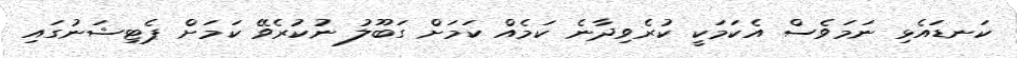
ކަނޑައެޅި ނަމަވެސް އެކަމަކީ ކުރެވިދާނެ ކަމެއް ކަމަށް ގަބޫލު ނުކުރެވޭ ކަމަށް ޕެޓިޝަނުގައި